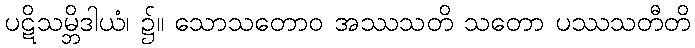
ပဋိသမ္ဘိဒါယံ၊ ၌။ သောသတောဝ အဿသတိ သတော ပဿသတီတိ